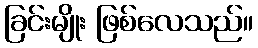
ခြင်းမျိုး ဖြစ်လေသည်။